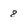
Character: 8